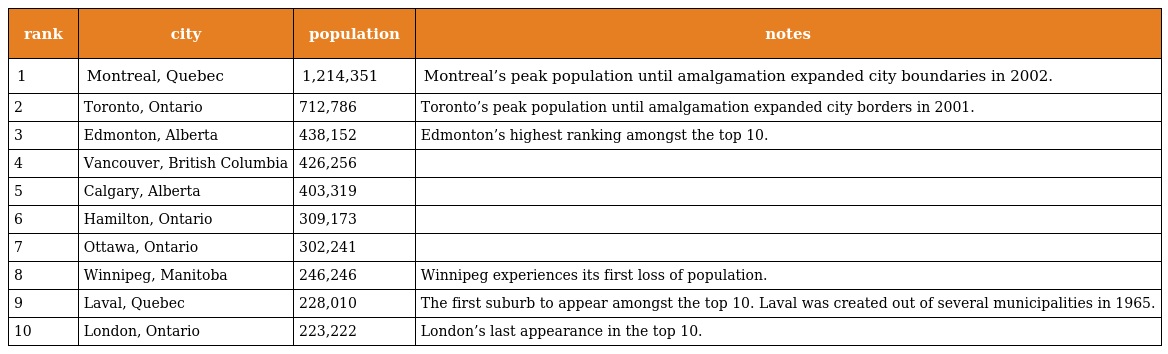
| rank | city | population | notes |
 | --- | --- | --- | --- |
 | 1 | Montreal, Quebec | 1,214,351 | Montreal’s peak population until amalgamation expanded city boundaries in 2002. |
 | 2 | Toronto, Ontario | 712,786 | Toronto’s peak population until amalgamation expanded city borders in 2001. |
 | 3 | Edmonton, Alberta | 438,152 | Edmonton’s highest ranking amongst the top 10. |
 | 4 | Vancouver, British Columbia | 426,256 |  |
 | 5 | Calgary, Alberta | 403,319 |  |
 | 6 | Hamilton, Ontario | 309,173 |  |
 | 7 | Ottawa, Ontario | 302,241 |  |
 | 8 | Winnipeg, Manitoba | 246,246 | Winnipeg experiences its first loss of population. |
 | 9 | Laval, Quebec | 228,010 | The first suburb to appear amongst the top 10. Laval was created out of several municipalities in 1965. |
 | 10 | London, Ontario | 223,222 | London’s last appearance in the top 10. |